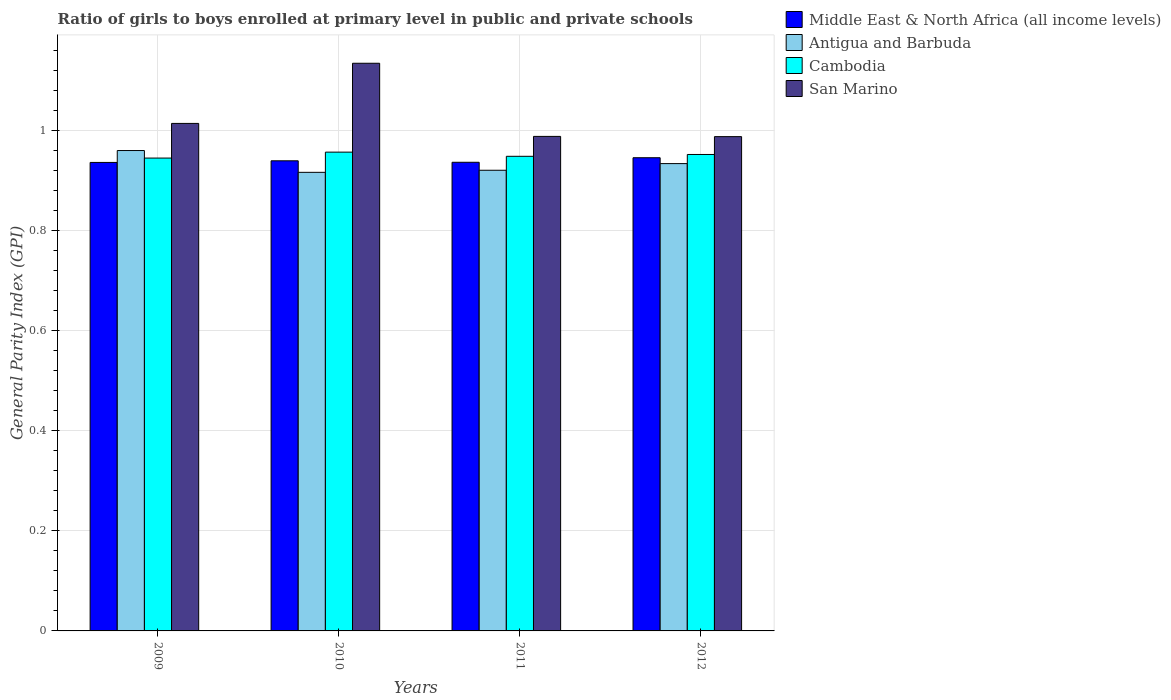
| Years | Middle East & North Africa (all income levels) | Antigua and Barbuda | Cambodia | San Marino |
 | --- | --- | --- | --- | --- |
 | 2009 | 0.936 | 0.959 | 0.944 | 1.01 |
 | 2010 | 0.939 | 0.916 | 0.956 | 1.13 |
 | 2011 | 0.936 | 0.92 | 0.948 | 0.988 |
 | 2012 | 0.945 | 0.933 | 0.951 | 0.987 |